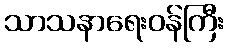
သာသနာရေးဝန်ကြီး